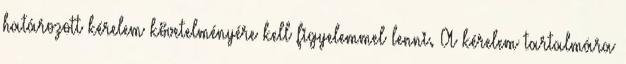
határozott kérelem követelményére kell figyelemmel lenni. A kérelem tartalmára